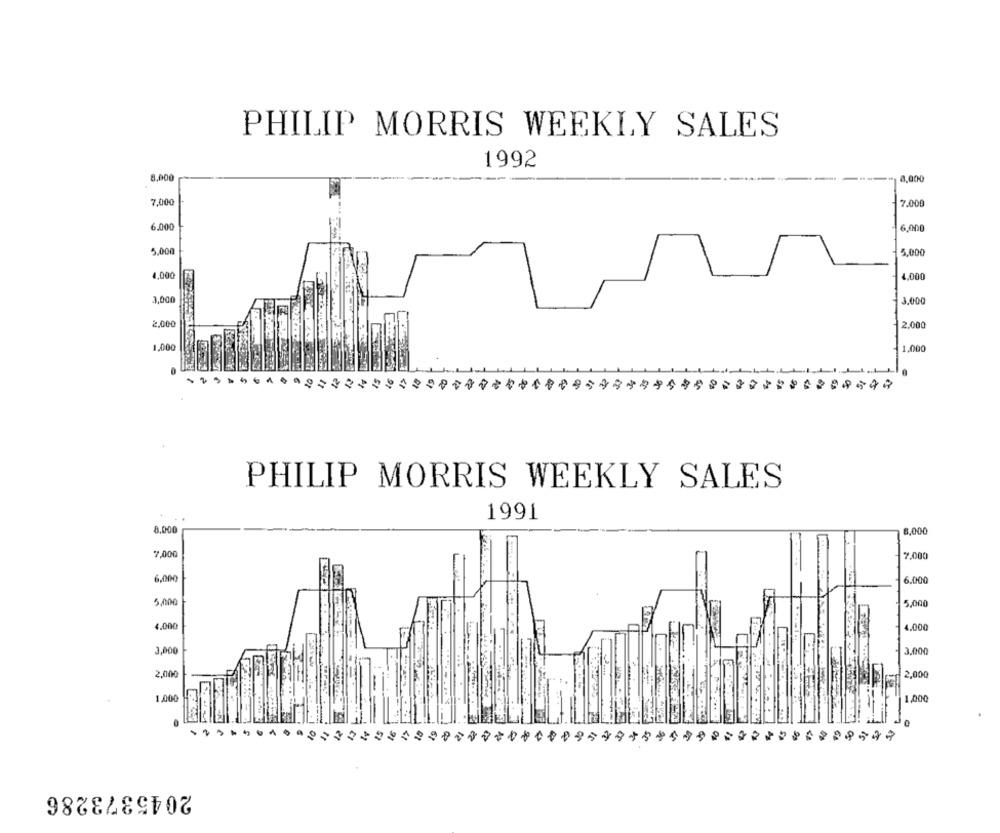
PHILIP MORRIS WEEKLY SALES
1992
8.000
8,000
7,000
7.000
6.000
6.000
5.000
5,000
4,000
4.000
3,000
3,000
2,000
2.000
1.000
1.000
PHILIP MORRIS WEEKLY SALES
1991
8,000
8,000
7,000
7.000
6.000
6.000
5,000
5,000
4.000
4.000
3,000
3.000
2,000
2.000
1,000
1,000
2045373286